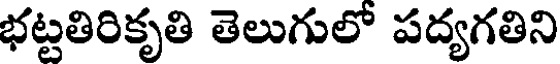
భట్టతిరికృతి తెలుగులో పద్యగతిని